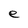
Character: e